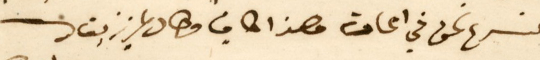
لنسرع نحن في اعادته وهذا كافٍ وطال عزيز بقاك